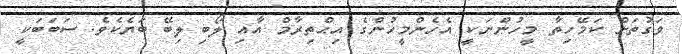
ވަގުތަށް ކަމޭހިތާ މީހުންނަކީ އެހެންމީހުންގެ އިޙްތިރާމް އާއި ލޯބި ލިބޭ ބަޔެކެވެ. ސަބަބަކީ